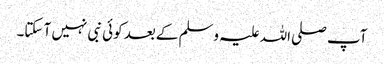
آپ صلی اللہ علیہ وسلم کے بعد کوئی نبی نہیں آ سکتا۔